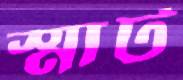
স্মার্ট